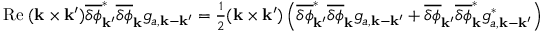
\begin{array} { r } { \mathrm { R e } \; ( { \bf k } \times { \bf k } ^ { \prime } ) \overline { { \delta \phi } } _ { { \bf k } ^ { \prime } } ^ { \ast } \overline { { \delta \phi } } _ { \bf k } g _ { a , { \bf k } - { \bf k } ^ { \prime } } = \frac { 1 } { 2 } ( { \bf k } \times { \bf k } ^ { \prime } ) \left( \overline { { \delta \phi } } _ { { \bf k } ^ { \prime } } ^ { \ast } \overline { { \delta \phi } } _ { \bf k } g _ { a , { \bf k } - { \bf k } ^ { \prime } } + \overline { { \delta \phi } } _ { { \bf k } ^ { \prime } } \overline { { \delta \phi } } _ { \bf k } ^ { \ast } g _ { a , { \bf k } - { \bf k } ^ { \prime } } ^ { \ast } \right) } \end{array}